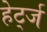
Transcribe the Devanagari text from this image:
हेर्ट्ज